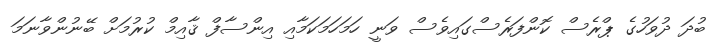
ބުދަ ދުވަހުގެ ޕްރެސް ކޮންފަރެސްގައިވެސް ވަނީ ހަމަހަމަކަމާއި އިންސާފް ޤާއިމް ކުރުމަށް ބޭނުންވާނަމަ